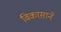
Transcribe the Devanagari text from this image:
विकासाने